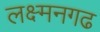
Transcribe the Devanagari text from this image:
लक्ष्मनगढ